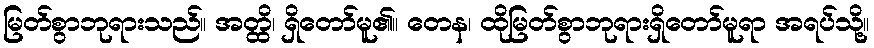
မြတ်စွာဘုရားသည်။ အတ္ထိ၊ ရှိတော်မူ၏။ တေန၊ ထိုမြတ်စွာဘုရားရှိတော်မူရာ အရပ်သို့။